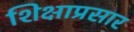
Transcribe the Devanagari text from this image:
शिक्षाप्रसार